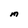
Character: M